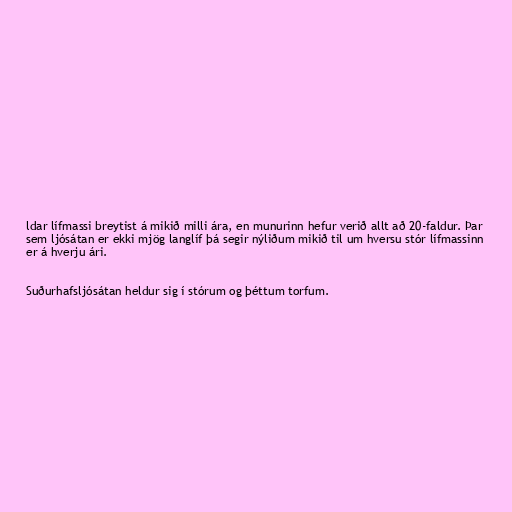
ldar lífmassi breytist á mikið milli ára, en munurinn hefur verið allt að 20-faldur. Þar
sem ljósátan er ekki mjög langlíf þá segir nýliðum mikið til um hversu stór lífmassinn
er á hverju ári.

Suðurhafsljósátan heldur sig í stórum og þéttum torfum.